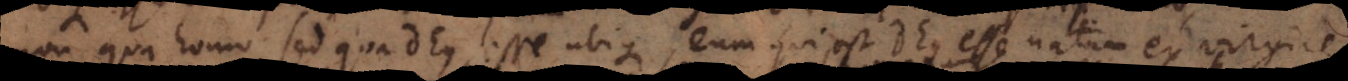
non qua homo, sed qua Deus, esse ubique, eum qui est Deus esse natum ex virgine,